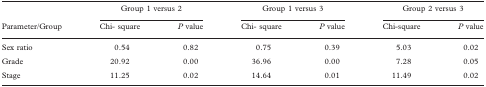
|  | <COLSPAN=2> Group 1 versus 2 | <COLSPAN=2> Group 1 versus 3 | <COLSPAN=2> Group 2 versus 3 |
 | Parameter/Group | Chi- square | P value | Chi- square | P value | Chi-square | P value |
 | --- | --- | --- | --- | --- | --- | --- |
 | Sex ratio | 0.54 | 0.82 | 0.75 | 0.39 | 5.03 | 0.02 |
 | Grade | 20.92 | 0.00 | 36.96 | 0.00 | 7.28 | 0.05 |
 | Stage | 11.25 | 0.02 | 14.64 | 0.01 | 11.49 | 0.02 |